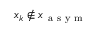
x _ { k } \notin \boldsymbol { x } _ { \mathrm { ~ a ~ s ~ y ~ m ~ } }